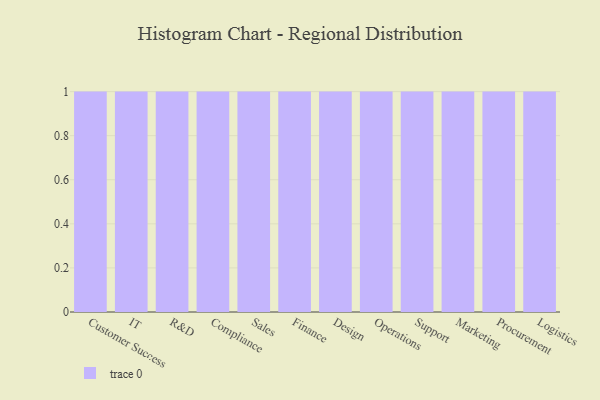
{"axis": {"x": "Department", "y": "Operating Costs (USD K)"}, "legend": [""], "data": [{"x": "Customer Success", "y": 43, "type": ""}, {"x": "IT", "y": 2, "type": ""}, {"x": "R&D", "y": 15, "type": ""}, {"x": "Compliance", "y": 76, "type": ""}, {"x": "Sales", "y": 37, "type": ""}, {"x": "Finance", "y": 29, "type": ""}, {"x": "Design", "y": 13, "type": ""}, {"x": "Operations", "y": 67, "type": ""}, {"x": "Support", "y": 32, "type": ""}, {"x": "Marketing", "y": 2, "type": ""}, {"x": "Procurement", "y": 18, "type": ""}, {"x": "Logistics", "y": 41, "type": ""}]}